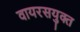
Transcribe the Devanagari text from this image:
वायरसयुक्त